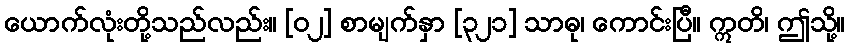
ယောက်လုံးတို့သည်လည်း။ [၀၂] စာမျက်နှာ [၃၂၁] သာဓု၊ ကောင်းပြီ။ ဣတိ၊ ဤသို့။